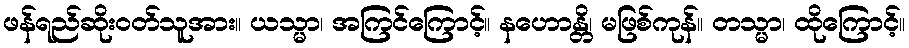
ဖန်ရည်ဆိုးဝတ်သူအား။ ယသ္မာ၊ အကြင်ကြောင့်။ နဟောန္တိ၊ မဖြစ်ကုန်။ တသ္မာ၊ ထိုကြောင့်။